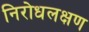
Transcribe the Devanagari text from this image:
निरोधलक्षण